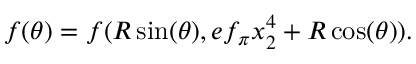
f ( \theta ) = f ( R \sin ( \theta ) , e f _ { \pi } x _ { 2 } ^ { 4 } + R \cos ( \theta ) ) .